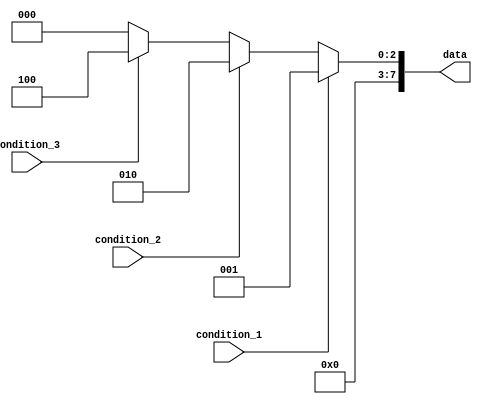
module priority_case(
    input wire condition_1,
    input wire condition_2,
    input wire condition_3,
    output reg [7:0] data
);

always @* begin
    case(1'b1)
        condition_1: begin
            data = 8'b00000001;
        end
        condition_2: begin
            data = 8'b00000010;
        end
        condition_3: begin
            data = 8'b00000100;
        end
        default: begin
            data = 8'b00000000;
        end
    endcase
end

endmodule